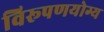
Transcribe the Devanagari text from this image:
विरूपणयोग्य